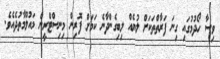
ވިސާ ހޯދުމުގައި ގިނަ ފަރާތްތަކަށް ލުޔެއް ލިބިގެންދާނެ ކަމަށް ފޮރިން މިނިސްޓްރީން މައުލޫމާތުދެއެވެ.